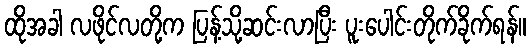
ထိုအခါ လဖိုင်လတို့က ပြန့်သို့ဆင်းလာပြီး ပူးပေါင်းတိုက်ခိုက်ရန်။